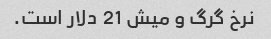
نرخ گرگ و میش 21 دلار است.